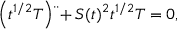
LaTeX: \left( t ^ { 1 / 2 } T \right) \ddot { } + S ( t ) ^ { 2 } t ^ { 1 / 2 } T = 0 ,